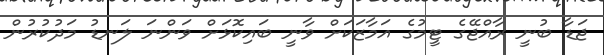
ޖަޑާ ބުނީ ރާއްޖޭގެ ޓީމުގެ އަމާޒަކަށް ވާނީ ބައިކޮޅަށް ވަންނަ ލަނޑު މަދުކުރުން